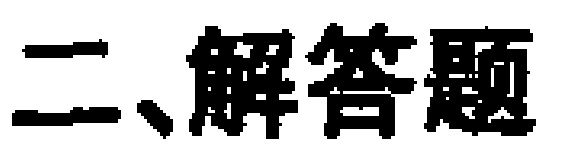
二、解答题